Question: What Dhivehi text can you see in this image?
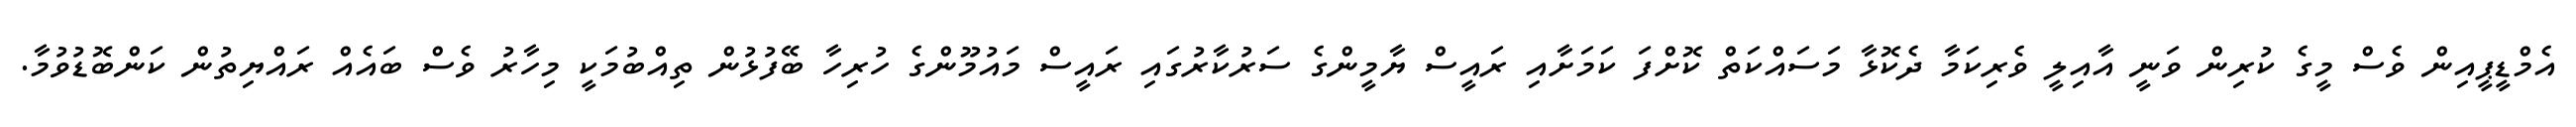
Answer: އެމްޑީޕީއިން ވެސް މީގެ ކުރިން ވަނީ އާއިލީ ވެރިކަމާ ދެކޮޅާ މަސައްކަތް ކޮށްފަ ކަމަށާއި ރައީސް ޔާމީންގެ ސަރުކާރުގައި ރައީސް މައުމޫންގެ ހުރިހާ ބޭފުޅުން ތިއްބުމަކީ މިހާރު ވެސް ބައެއް ރައްޔިތުން ކަންބޮޑުވުމާ.